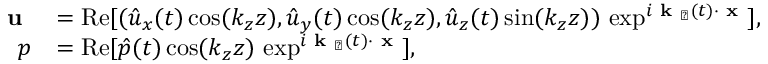
\begin{array} { r l } { \textbf { u } } & { = \mathrm { R e } [ ( \hat { u } _ { x } ( t ) \cos ( k _ { z } z ) , \hat { u } _ { y } ( t ) \cos ( k _ { z } z ) , \hat { u } _ { z } ( t ) \sin ( k _ { z } z ) ) \, \exp ^ { i \textbf { k } _ { \perp } ( t ) \cdot \textbf { x } } ] , } \\ { p } & { = \mathrm { R e } [ \hat { p } ( t ) \cos ( k _ { z } z ) \, \exp ^ { i \textbf { k } _ { \perp } ( t ) \cdot \textbf { x } } ] , } \end{array}